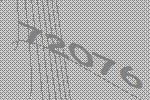
72076